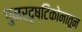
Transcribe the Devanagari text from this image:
पुनर्दृष्टिकोनातून